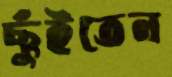
ছুঁইতেন